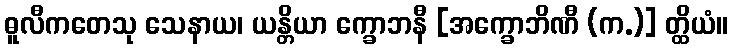
ဓူလီကတေသု သေနာယ၊ ယန္တိယာ က္ခောဘနီ [အက္ခောဘိဏီ (က.)] တ္ထိယံ။